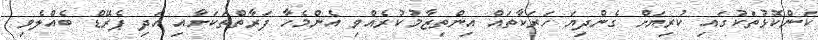
ކަންކޮޅުތަކުގައި ކުރިޔަށް ގެންދިޔަ ހަރަކާތައް އިންތިޒާމުކުރެއްވި އެންމެހާ ފަރާތްތަކަށާއި އަދި ޕެރޭޑް ބެއްލެވި